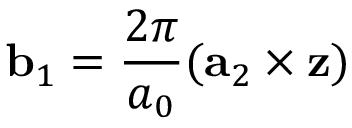
{ \bf b } _ { 1 } = \frac { 2 \pi } { a _ { 0 } } ( { \bf a } _ { 2 } \times { \bf z } )